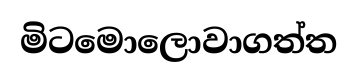
මිටමොලොවාගත්ත